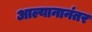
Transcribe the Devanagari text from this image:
आल्यानानंतर